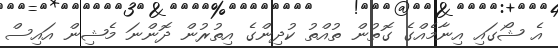
އެ ޝޯގައި އިނާމެއްގެ ގޮތުން ތުއްތު ކުދިންގެ އިތުރުން ދޮންނަ މެޝިން އައިސް